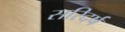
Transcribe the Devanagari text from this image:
सरिदर्ष